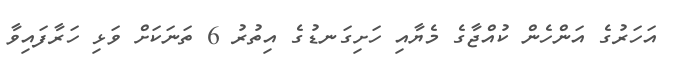
އަހަރުގެ އަންހެން ކުއްޖާގެ މެޔާއި ހަށިގަނޑުގެ އިތުރު 6 ތަނަކަށް ވަޅި ހަރާފައިވާ